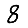
Digit: 8